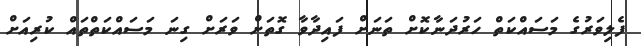
ފެލިވަރުގެ މަސައްކަތް ހަރުދަނާކޮށް ތަނަށް ފައިދާވާ ގޮތަށް ވަރަށް ގިނަ މަސައްކަތްތައް ކުރިއަށް